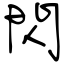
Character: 閃